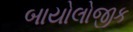
બાયોલોજીક